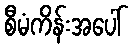
စီမံကိန်းအပေါ်